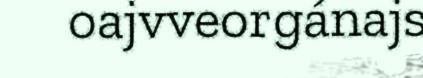
oajvveorgánajs